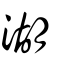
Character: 湖